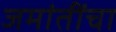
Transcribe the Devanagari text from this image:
जमांतींचा